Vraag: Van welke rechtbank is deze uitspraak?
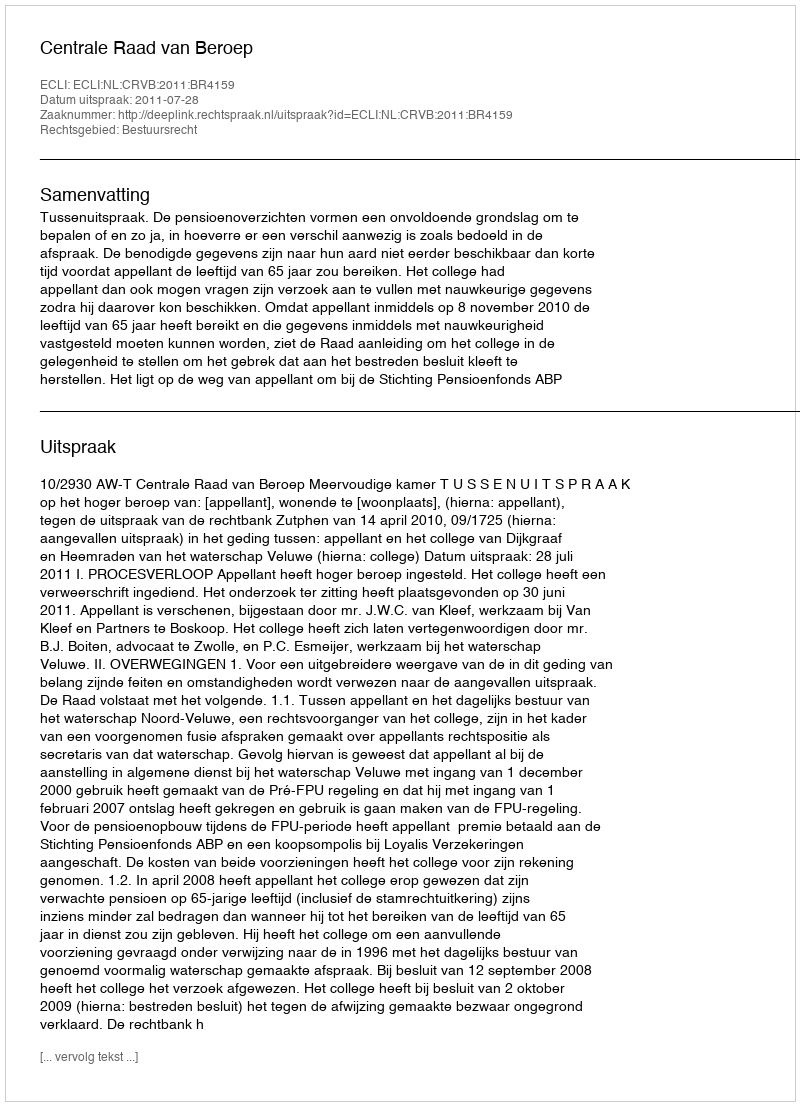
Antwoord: Centrale Raad van Beroep